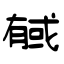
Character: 戫